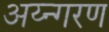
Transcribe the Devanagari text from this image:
अय्न्गरण